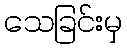
သေခြင်းမှ